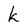
Character: k